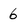
Character: 6